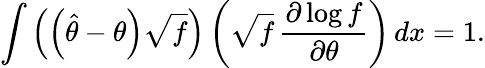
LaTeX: \int\left(\left({\hat{\theta}}-\theta\right){\sqrt{f}}\right)\left({\sqrt{f}}\, {\frac{\partial\log f}{\partial\theta}}\right)\, dx=1.